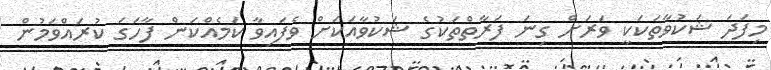
މިފަދަ ޝަކުވާތަކަކީ ވަރަށް ގިނަ ފަރާތްތަކުގެ ޝަކުވާއަކަށް ވެފައިވާ ކަމެއްކަން ފާހަގަ ކުރައްވަމުން